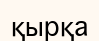
қырқа